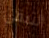
لتبقى